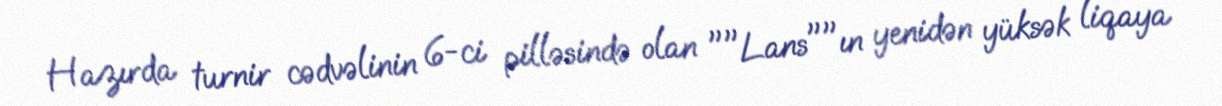
Hazırda turnir cədvəlinin 6-ci pilləsində olan ""Lans""ın yenidən yüksək liqaya